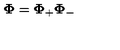
\mathbf { \Phi } = \mathbf { \Phi } _ { + } \mathbf { \Phi } _ { - }